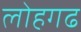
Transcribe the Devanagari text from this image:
लोहगढ